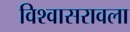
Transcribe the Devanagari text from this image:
विश्वासरावला